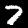
Digit: 7